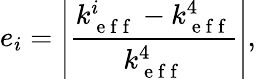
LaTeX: e_{i}=\left|\frac{k_{\mathrm{~e~f~f~}}^{i}-k_{\mathrm{~e~f~f~}}^{4}}{k_{\mathrm{~e~f~f~}}^{4}}\right|,